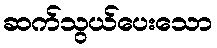
ဆက်သွယ်ပေးသော